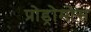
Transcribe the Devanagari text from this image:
प्रोड्रोमोस